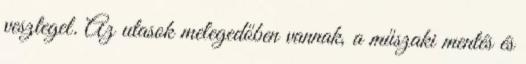
vesztegel. Az utasok melegedőben vannak, a műszaki mentés és